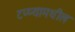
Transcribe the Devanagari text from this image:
टप्प्यामधील